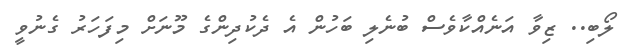
ލޯބި.. ޒިވާ އަނެއްކާވެސް ބުނެލި ބަހުން އެ ދެކުދިންގެ މޫނަށް މިފަހަރު ގެނުވީ